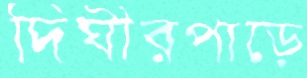
দিঘীরপাড়ে